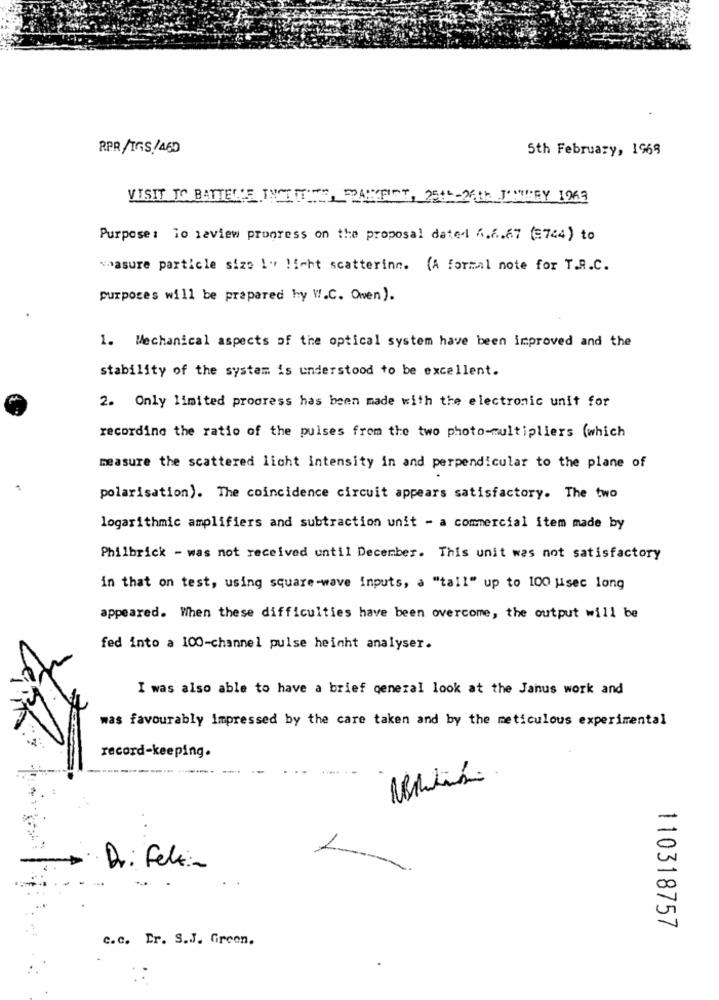
RPR/IGS /460
5th February, 1969
VISIT TO BATTERE INOLTRE
MAXFIET, 25
th JUSTBY 1963
Purpose: To review progress on the proposal dated 6.6.67 (=744) to
whasure particle size 1" !icht scatterinn. (A formal note for T.R.C.
purposes will be prepared by W.C. Owen).
1. Mechanical aspects of the optical system have been improved and the
stability of the system is understood to be excellent.
2. Only limited progress has been made with the electronic unit for
recording the ratio of the pulses from the two photo-multipliers (which
measure the scattered light intensity in and perpendicular to the plane of
polarisation). The coincidence circuit appears satisfactory. The two
logarithmic amplifiers and subtraction unit - a commercial item made by
Philbrick - was not received until December. This unit was not satisfactory
in that on test, using square-wave inputs, a "tall" up to 100 jisec long
appeared. When these difficulties have been overcome, the output will be
fed into a 100-channel pulse heinht analyser.
I was also able to have a brief general look at the Janus work and
was favourably impressed by the care taken and by the meticulous experimental
record-keeping.
Dr: Fele :-
110318757
c.c. Er. S.J. Green.